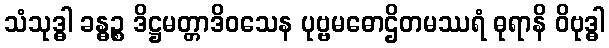
သံသုဒ္ဓါ ခန္ဓဉ္စ ဒိဋ္ဌမတ္တာဒိဝသေန ပုဗ္ဗမဓောဌိတမဿရံ ဓုရာနိ ဝိဗုဒ္ဓါ